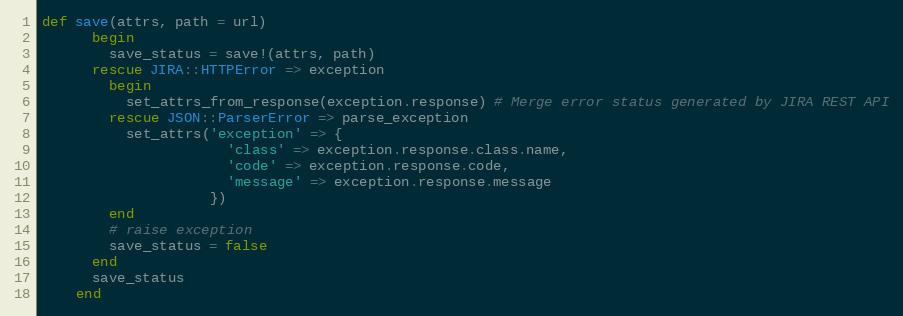
Language: Ruby
def save(attrs, path = url)
      begin
        save_status = save!(attrs, path)
      rescue JIRA::HTTPError => exception
        begin
          set_attrs_from_response(exception.response) # Merge error status generated by JIRA REST API
        rescue JSON::ParserError => parse_exception
          set_attrs('exception' => {
                      'class' => exception.response.class.name,
                      'code' => exception.response.code,
                      'message' => exception.response.message
                    })
        end
        # raise exception
        save_status = false
      end
      save_status
    end